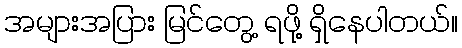
အများအပြား မြင်တွေ့ ရဖို့ ရှိနေပါတယ်။